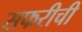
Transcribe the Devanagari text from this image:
सफरीची